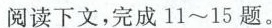
阅读下文，完成11 ~15题。